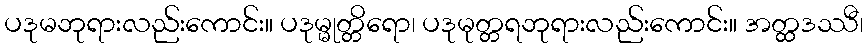
ပဒုမဘုရားလည်းကောင်း။ ပဒုမ္မုတ္တိရော၊ ပဒုမုတ္တရဘုရားလည်းကောင်း။ အတ္ထဒဿီ၊